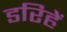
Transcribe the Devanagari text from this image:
डरिहें